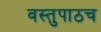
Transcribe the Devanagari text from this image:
वस्तुपाठच